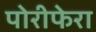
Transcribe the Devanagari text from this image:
पोरीफेरा